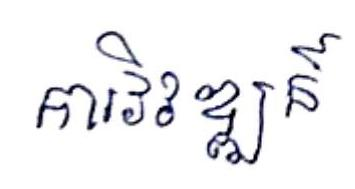
ការវិវឌ្ឍន៍